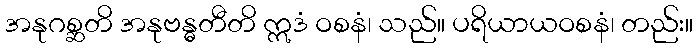
အနုဂစ္ဆတိ အနုဗန္ဓတီတိ ဣဒံ ဝစနံ၊ သည်။ ပရိယာယဝစနံ၊ တည်း။